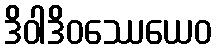
ဒိဝါဒိဝဿေယေဝ